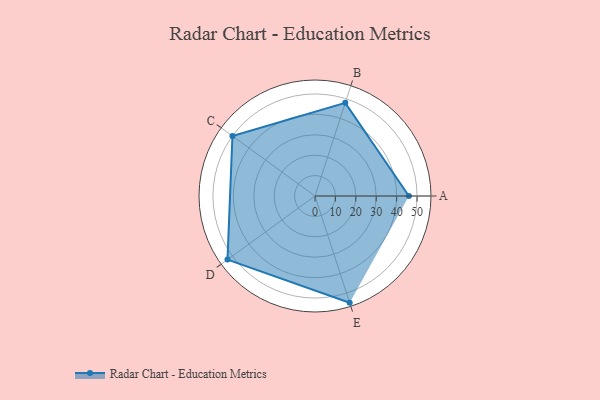
{"axis": {"x": "Skill", "y": "Score"}, "legend": ["Profile"], "data": [{"x": "A", "y": 46.0, "type": "Profile"}, {"x": "B", "y": 48.0, "type": "Profile"}, {"x": "C", "y": 50.0, "type": "Profile"}, {"x": "D", "y": 53.0, "type": "Profile"}, {"x": "E", "y": 55.0, "type": "Profile"}]}